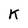
Character: K